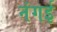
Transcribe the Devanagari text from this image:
नंगई